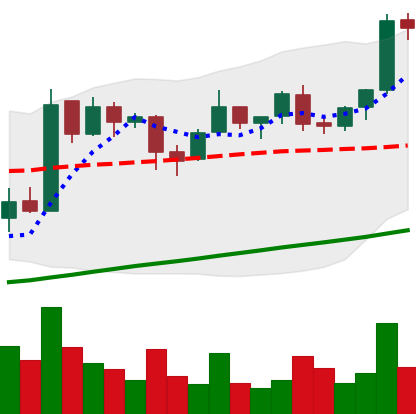
Ticker: BTC-USD
Chart end date: 2017-08-06
Forward return: 13.587%
Label: up_7plus